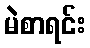
မဲစာရင်း